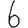
Digit: 6